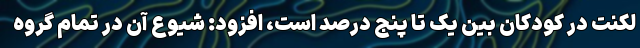
لکنت در کودکان بین یک تا پنج درصد است، افزود: شیوع آن در تمام گروه